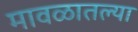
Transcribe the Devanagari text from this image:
मावळातल्या